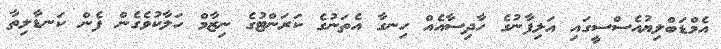
އެމްޑަބްލިޔުއެސްސީގައި އަލިފާނުގެ ހާދިސާއެއް ހިނގާ އެތަނުގެ ކަރަންޓުގެ ނިޒާމް ހަލާކުވެގެން ފެން ކަނޑާލިތާ